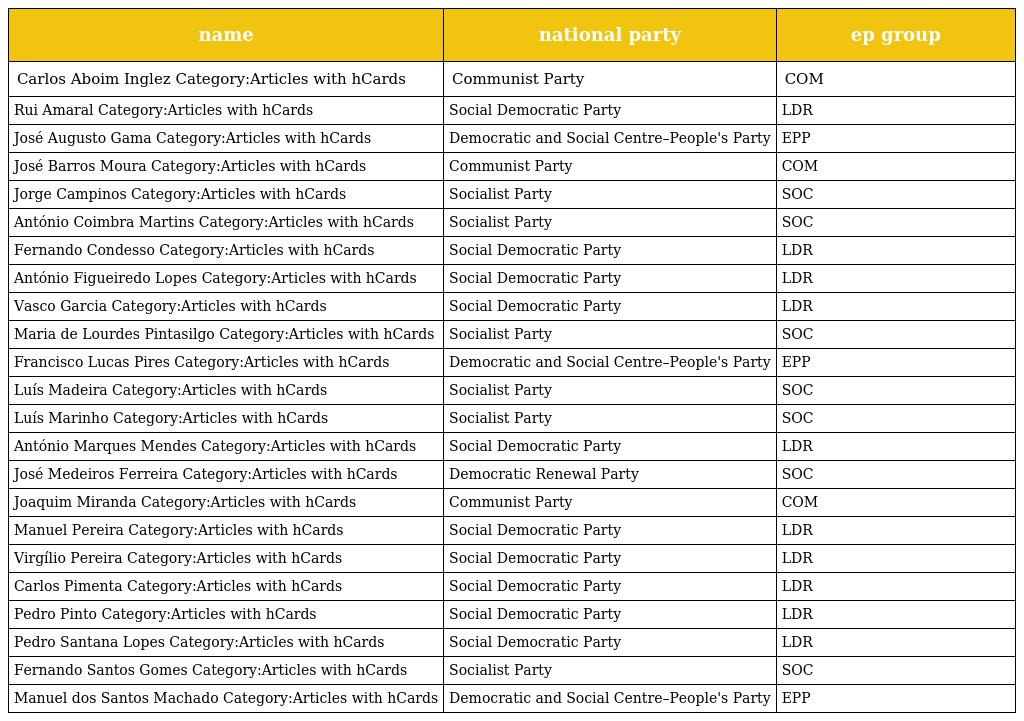
| name | national party | ep group |
 | --- | --- | --- |
 | Carlos Aboim Inglez Category:Articles with hCards | Communist Party | COM |
 | Rui Amaral Category:Articles with hCards | Social Democratic Party | LDR |
 | José Augusto Gama Category:Articles with hCards | Democratic and Social Centre–People's Party | EPP |
 | José Barros Moura Category:Articles with hCards | Communist Party | COM |
 | Jorge Campinos Category:Articles with hCards | Socialist Party | SOC |
 | António Coimbra Martins Category:Articles with hCards | Socialist Party | SOC |
 | Fernando Condesso Category:Articles with hCards | Social Democratic Party | LDR |
 | António Figueiredo Lopes Category:Articles with hCards | Social Democratic Party | LDR |
 | Vasco Garcia Category:Articles with hCards | Social Democratic Party | LDR |
 | Maria de Lourdes Pintasilgo Category:Articles with hCards | Socialist Party | SOC |
 | Francisco Lucas Pires Category:Articles with hCards | Democratic and Social Centre–People's Party | EPP |
 | Luís Madeira Category:Articles with hCards | Socialist Party | SOC |
 | Luís Marinho Category:Articles with hCards | Socialist Party | SOC |
 | António Marques Mendes Category:Articles with hCards | Social Democratic Party | LDR |
 | José Medeiros Ferreira Category:Articles with hCards | Democratic Renewal Party | SOC |
 | Joaquim Miranda Category:Articles with hCards | Communist Party | COM |
 | Manuel Pereira Category:Articles with hCards | Social Democratic Party | LDR |
 | Virgílio Pereira Category:Articles with hCards | Social Democratic Party | LDR |
 | Carlos Pimenta Category:Articles with hCards | Social Democratic Party | LDR |
 | Pedro Pinto Category:Articles with hCards | Social Democratic Party | LDR |
 | Pedro Santana Lopes Category:Articles with hCards | Social Democratic Party | LDR |
 | Fernando Santos Gomes Category:Articles with hCards | Socialist Party | SOC |
 | Manuel dos Santos Machado Category:Articles with hCards | Democratic and Social Centre–People's Party | EPP |